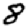
Digit: 8